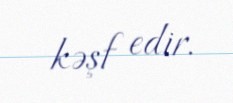
kəşf edir.